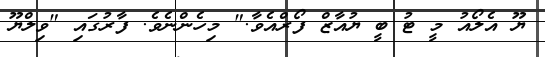
ޔޫ އެލޯއު މީ ޓު ބީ ޔުއާޒް ފޯރްއެވާ." މިހެންނެވެ. ފާރުގައި "ވިލްޔޫ